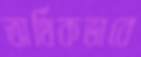
অর্থিকভাবে